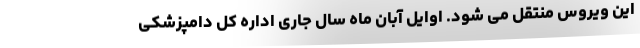
این ویروس منتقل می شود. اوایل آبان ماه سال جاری اداره کل دامپزشکی